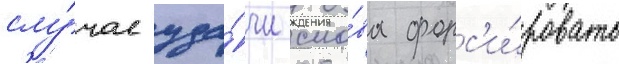
слу́чае уда́чи сно́ва форс'и́ровать